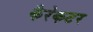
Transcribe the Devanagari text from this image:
कैरेकटर